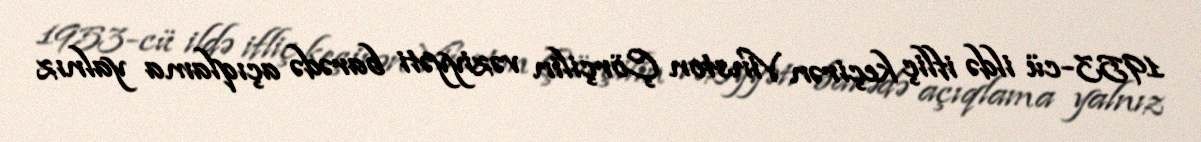
1953-cü ildə ifliç keçirən Vinston Çörçilin vəziyyəti barədə açıqlama yalnız